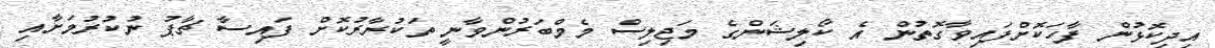
އިދިކޮޅުން ފާހަކޮށްފައިވާގޮތުން އެ ކޯލިޝަންގެ މަޖިލިސް މެމްބަރުންވާނީ ތަކުރާރުކޮށް ފައިސާ ޗާޕު ނުކުރުމަށާއި